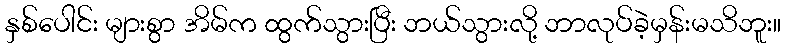
နှစ်ပေါင်း များစွာ အိမ်က ထွက်သွားပြီး ဘယ်သွားလို့ ဘာလုပ်ခဲ့မှန်းမသိဘူး။